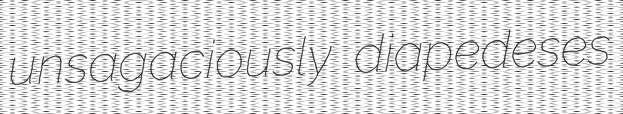
unsagaciously diapedeses